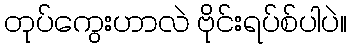
တုပ်ကွေးဟာလဲ ဗိုင်းရပ်စ်ပါပဲ။